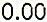
0.00